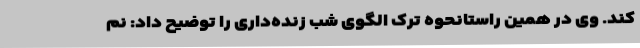
کند. وی در همین راستانحوه ترک الگوی شب زنده‌داری را توضیح داد: نم